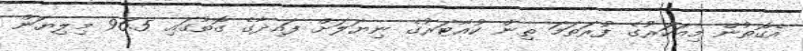
އެގޮތުން މިއަހަރުގެ ފުރަތަމަ ތިން ކުއާޓަރުގެ ނިޔަލަށް ފައިދާގެ ގޮތުގައި 96.5 މިލިޔަން